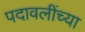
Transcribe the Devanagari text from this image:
पदावलींच्या